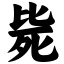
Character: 毙